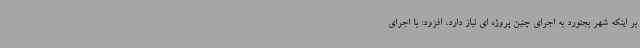
بر اینکه شهر بجنورد به اجرای چنین پروژه ای نیاز دارد، افزود: با اجرای